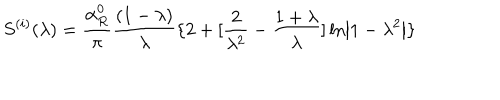
S ^ { ( i ) } ( \lambda ) = \frac { \alpha _ { R } ^ { 0 } } \pi \frac { ( 1 - \lambda ) } \lambda \{ 2 + [ \frac 2 { \lambda ^ { 2 } } - \frac { 1 + \lambda } \lambda ] \ln \left| 1 - \lambda ^ { 2 } \right| \}